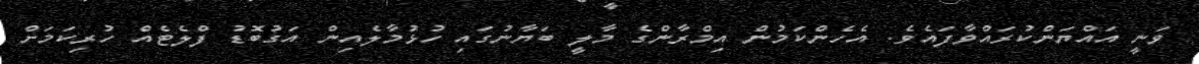
ވަނީ އައްޔަންކުރައްވާފައެވެ. އެހެންކަމުން އިމްރާންގެ މާލީ ބަޔާނުގައި ހުޅުމާލެއިން އަގުބޮޑު ފްލެޓެއް ހުރިކަމަށް